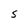
Character: S